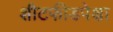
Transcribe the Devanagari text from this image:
शीटफीडपेक्षा